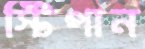
স্টিপান